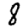
Digit: 8